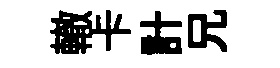
轍卡計兄